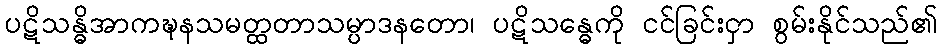
ပဋိသန္ဓိအာကဍ္ဎနသမတ္ထတာသမ္ပာဒနတော၊ ပဋိသန္ဓေကို ငင်ခြင်းငှာ စွမ်းနိုင်သည်၏